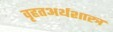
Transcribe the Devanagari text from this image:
वृहतअर्थशास्त्र